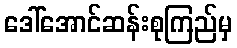
ဒေါ်အောင်ဆန်းစုကြည်မှ